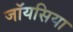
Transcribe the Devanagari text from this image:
जॉयसिया